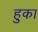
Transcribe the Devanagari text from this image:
हुका